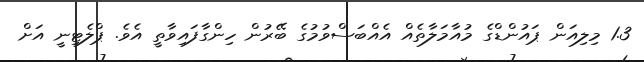
1.3 މިލިއަން ޕައުންޑްގެ މުއާމަލާތެއް އެއްބަސްވުމުގެ ބޭރުން ހިންގާފައިވާތީ އެވެ. ޕްލެޓިނީ އަށް